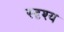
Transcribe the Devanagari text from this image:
स्दृश्य